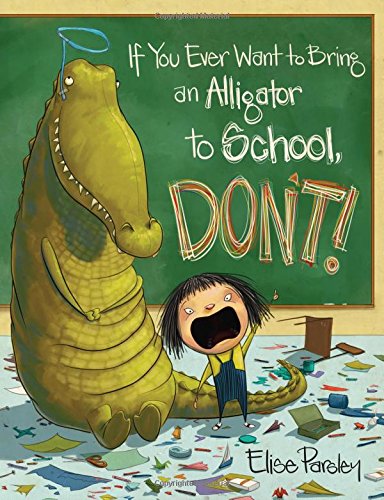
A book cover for If You Ever Want to Bring an Alligator to School, Don't!; Elise Parsley; Children's Books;